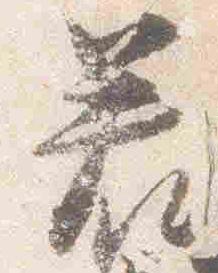
若